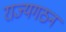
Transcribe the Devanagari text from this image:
राज्यगठन